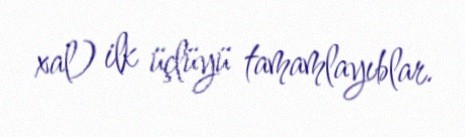
xal) ilk üçlüyü tamamlayıblar.